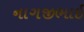
નાગજીભાઇ